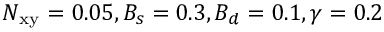
N _ { \mathrm { x y } } = 0 . 0 5 , B _ { s } = 0 . 3 , B _ { d } = 0 . 1 , \gamma = 0 . 2